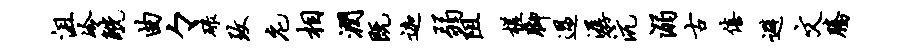
沮冷觥曲々碌致庀相润既迦弱阻槎脚过潺沆溺古僖避文腾